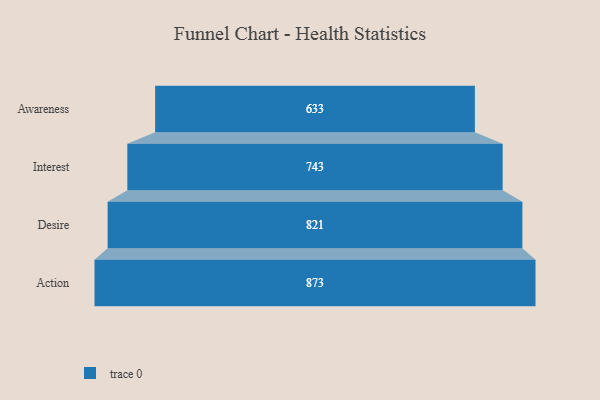
{"axis": {"x": "Stage", "y": "Value"}, "legend": [""], "data": [{"x": "Awareness", "y": 633.0, "type": ""}, {"x": "Interest", "y": 743.0, "type": ""}, {"x": "Desire", "y": 821.0, "type": ""}, {"x": "Action", "y": 873.0, "type": ""}]}